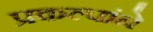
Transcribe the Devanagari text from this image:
प्रकल्पांने